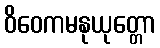
ဝိဝေကမနုယုတ္တော